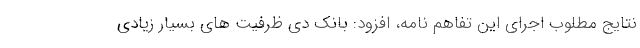
نتایج مطلوب اجرای این تفاهم نامه، افزود: بانک دی ظرفیت های بسیار زیادی